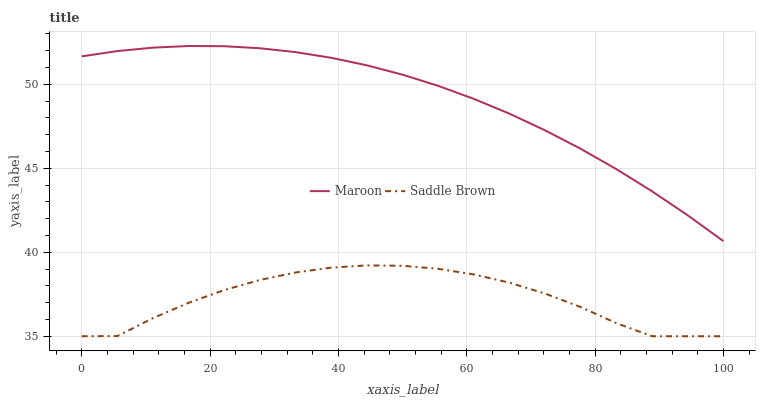
| xaxis_label | Maroon | Saddle Brown |
 | --- | --- | --- |
 | 0 | 51.7 | 35 |
 | 5.56 | 52 | 35 |
 | 11.1 | 52.2 | 36.1 |
 | 16.7 | 52.3 | 37 |
 | 22.2 | 52.3 | 37.7 |
 | 27.8 | 52.1 | 38.4 |
 | 33.3 | 51.9 | 38.8 |
 | 38.9 | 51.6 | 39.1 |
 | 44.4 | 51.1 | 39.2 |
 | 50 | 50.6 | 39.2 |
 | 55.6 | 49.9 | 39 |
 | 61.1 | 49.1 | 38.7 |
 | 66.7 | 48.2 | 38.2 |
 | 72.2 | 47.3 | 37.5 |
 | 77.8 | 46.2 | 36.7 |
 | 83.3 | 44.9 | 35.8 |
 | 88.9 | 43.6 | 35 |
 | 94.4 | 42.2 | 35 |
 | 100 | 40.7 | 35 |